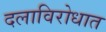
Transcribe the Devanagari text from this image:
दलाविरोधात